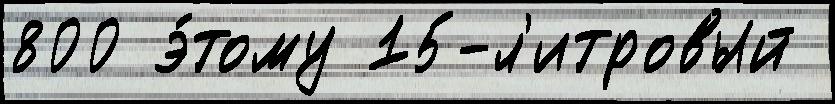
800 э́тому 15-л'итровый